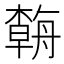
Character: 𱼿